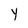
Character: Y